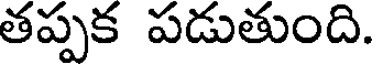
తప్పక పడుతుంది.